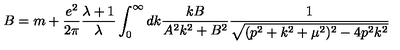
B = m + \frac { e ^ { 2 } } { 2 \pi } \frac { \lambda + 1 } { \lambda } \int _ { 0 } ^ { \infty } d k \frac { k B } { A ^ { 2 } k ^ { 2 } + B ^ { 2 } } \frac { 1 } { \sqrt { ( p ^ { 2 } + k ^ { 2 } + \mu ^ { 2 } ) ^ { 2 } - 4 p ^ { 2 } k ^ { 2 } } }